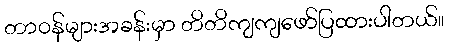
တာဝန်များအခန်းမှာ တိတိကျကျဖော်ပြထားပါတယ်။